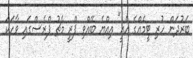
ބަރުދަަން ހުރި ޓީމެއްގެ އެއީ" އިއްޔެ ބޭއްވި ޕްރީ މެޗު ޕްރެސްގައި ވާހަކަ